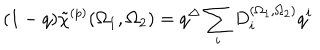
LaTeX: ( 1 - q ) \tilde { \chi } ^ { ( p ) } ( \Omega _ { 1 } , \Omega _ { 2 } ) = q ^ { \Delta } \sum _ { i } D _ { i } ^ { ( \Omega _ { 1 } , \Omega _ { 2 } ) } q ^ { i }